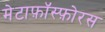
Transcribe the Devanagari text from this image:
मेटाफ़ॉस्फ़ोरस